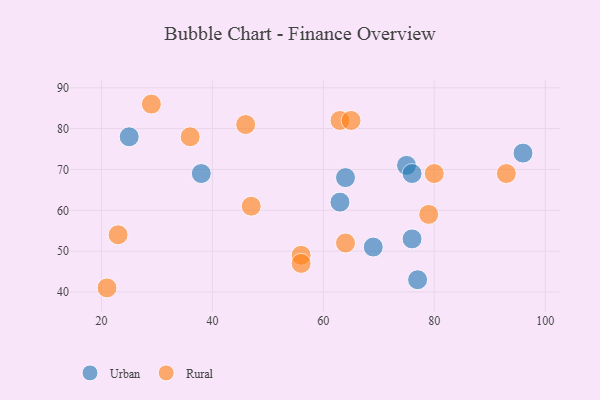
{"axis": {"x": "GDP", "y": "Life Expectancy"}, "legend": ["Rural", "Urban"], "data": [{"x": "63", "y": 62, "type": "Urban"}, {"x": "38", "y": 69, "type": "Urban"}, {"x": "76", "y": 53, "type": "Urban"}, {"x": "69", "y": 51, "type": "Urban"}, {"x": "75", "y": 71, "type": "Urban"}, {"x": "64", "y": 68, "type": "Urban"}, {"x": "25", "y": 78, "type": "Urban"}, {"x": "77", "y": 43, "type": "Urban"}, {"x": "76", "y": 69, "type": "Urban"}, {"x": "96", "y": 74, "type": "Urban"}, {"x": "29", "y": 86, "type": "Rural"}, {"x": "63", "y": 82, "type": "Rural"}, {"x": "93", "y": 69, "type": "Rural"}, {"x": "56", "y": 49, "type": "Rural"}, {"x": "36", "y": 78, "type": "Rural"}, {"x": "46", "y": 81, "type": "Rural"}, {"x": "64", "y": 52, "type": "Rural"}, {"x": "47", "y": 61, "type": "Rural"}, {"x": "21", "y": 41, "type": "Rural"}, {"x": "23", "y": 54, "type": "Rural"}, {"x": "80", "y": 69, "type": "Rural"}, {"x": "56", "y": 47, "type": "Rural"}, {"x": "79", "y": 59, "type": "Rural"}, {"x": "65", "y": 82, "type": "Rural"}]}